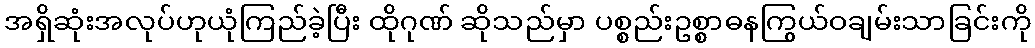
အရှိဆုံးအလုပ်ဟုယုံကြည်ခဲ့ပြီး ထိုဂုဏ် ဆိုသည်မှာ ပစ္စည်းဥစ္စာဓနကြွယ်ဝချမ်းသာခြင်းကို